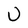
Character: U